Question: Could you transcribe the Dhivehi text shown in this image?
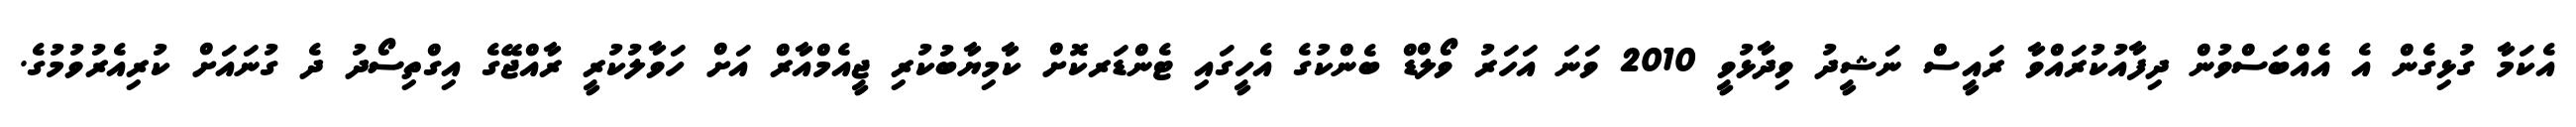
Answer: އެކަމާ ގުޅިގެން އެ އެއްބަސްވުން ދިފާއުކުރައްވާ ރައީސް ނަޝީދު ވިދާޅުވީ 2010 ވަނަ އަހަރު ވޯލްޑް ބެންކުގެ އެހީގައި ޓެންޑަރކޮށް ކާމިޔާބުކުރި ޖީއެމްއާރް އަށް ހަވާލުކުރީ ރާއްޖޭގެ އިގްތިސޯދު ދެ ގުނައަށް ކުރިއެރުވުމުގެ.